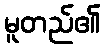
မူတည်၏